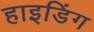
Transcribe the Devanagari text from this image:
हाइडिंग